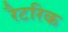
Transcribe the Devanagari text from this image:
रैटरिक